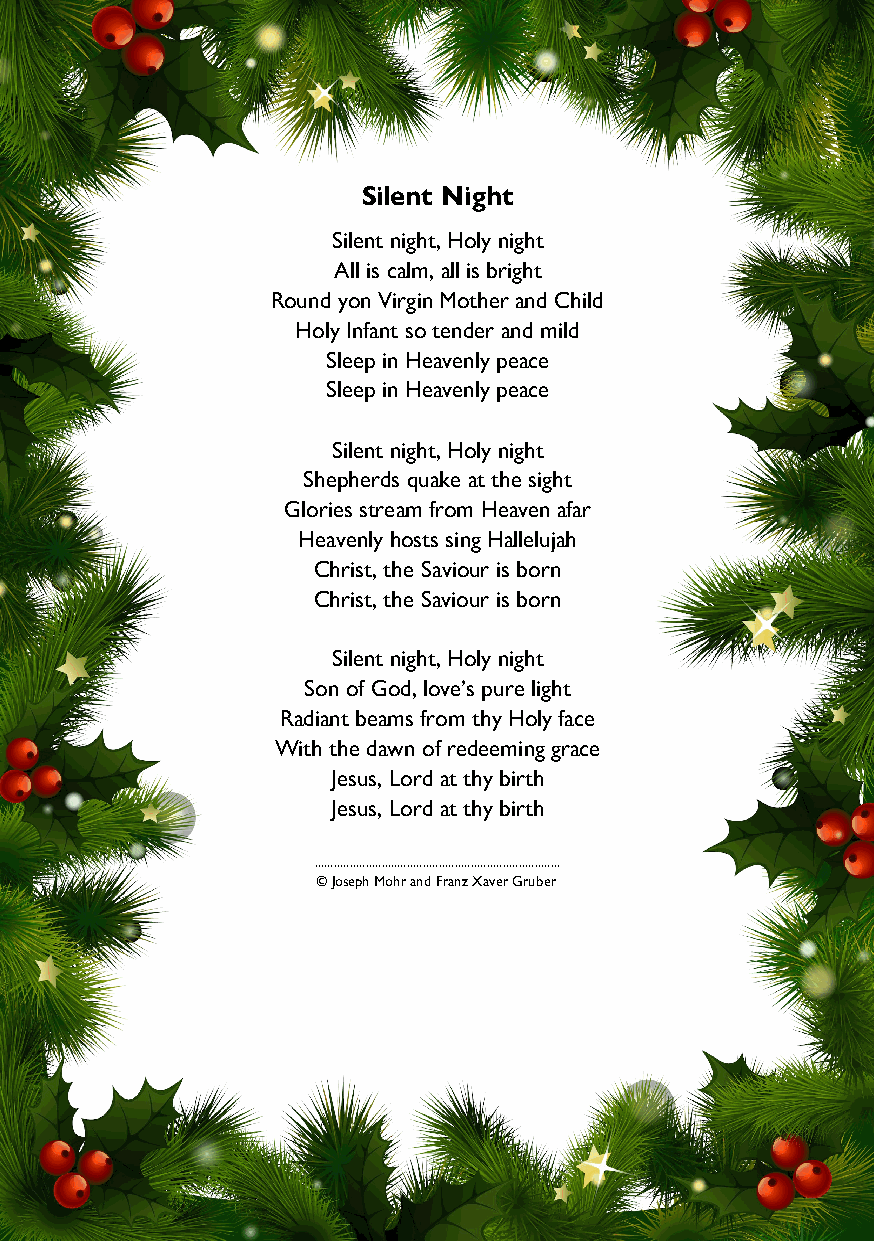
Silent Night
 Silent night, Holy night
 All is calm, all is bright
 Round yon Virgin Mother and Child
 Holy Infant so tender and mild
 Sleep in Heavenly peace
 Sleep in Heavenly peace
 Silent night, Holy night
 Shepherds quake at the sight
 Glories stream from Heaven afar
 Heavenly hosts sing Hallelujah
 Christ, the Saviour is born
 Christ, the Saviour is born
 Silent night, Holy night
 Son of God, love’s pure light
 Radiant beams from thy Holy face
 With the dawn of redeeming grace
 Jesus, Lord at thy birth
 Jesus, Lord at thy birth
 .............................................................................
 © Joseph Mohr and Franz Xaver Gruber
 20